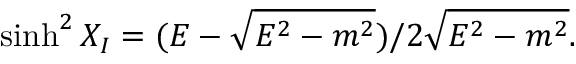
\sinh ^ { 2 } X _ { I } = ( E - \sqrt { E ^ { 2 } - m ^ { 2 } } ) / 2 \sqrt { E ^ { 2 } - m ^ { 2 } } .